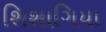
શિશાગિયા